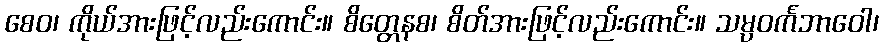
စေဝ၊ ကိုယ်အားဖြင့်လည်းကောင်း။ စိတ္တေနစ၊ စိတ်အားဖြင့်လည်းကောင်း။ သမ္ပဝင်္ကဘာဝေါ၊